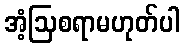
အံ့ဩစရာမဟုတ်ပါ